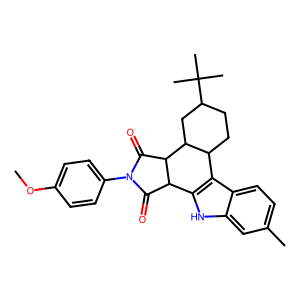
SMILES: COc1ccc(N2C(=O)C3c4[nH]c5cc(C)ccc5c4C4CCC(C(C)(C)C)CC4C3C2=O)cc1
Inhibits HIV replication: No